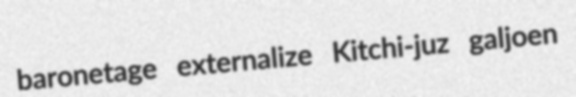
baronetage externalize Kitchi-juz galjoen